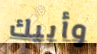
وأبيك